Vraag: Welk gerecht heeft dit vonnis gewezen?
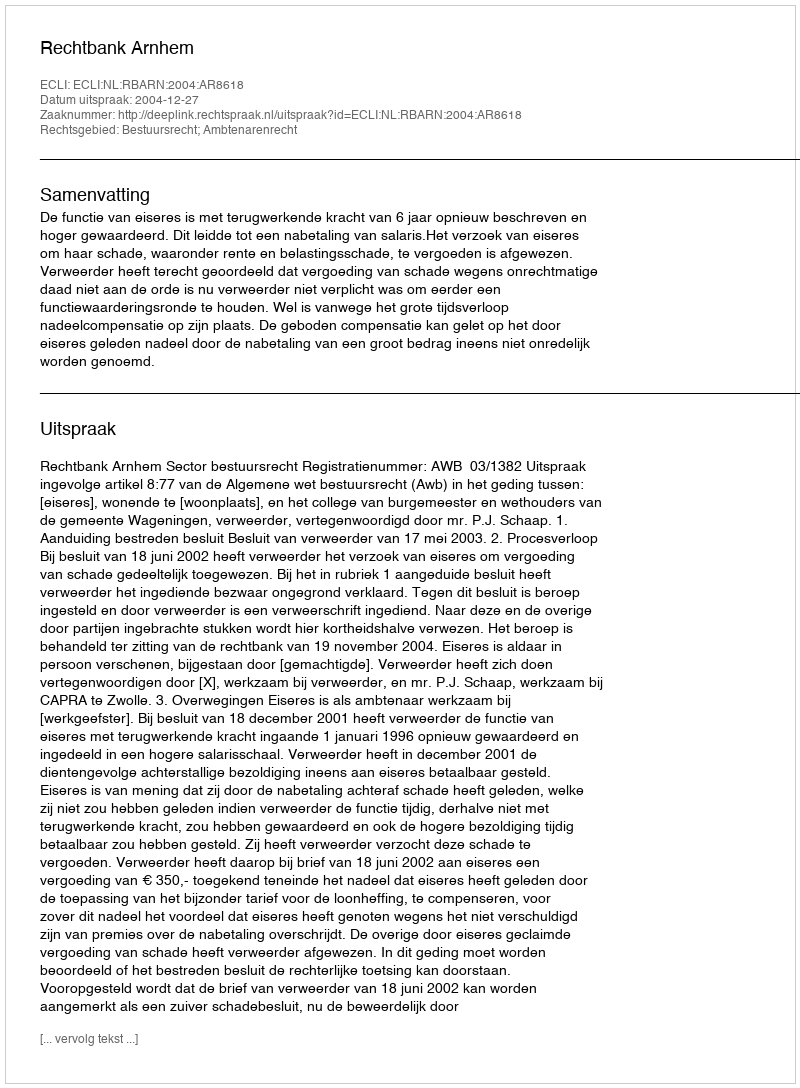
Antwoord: Rechtbank Arnhem